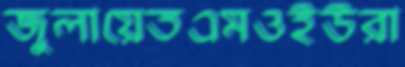
জুলায়েতএমওইউরা